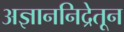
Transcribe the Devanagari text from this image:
अज्ञाननिद्रेतून